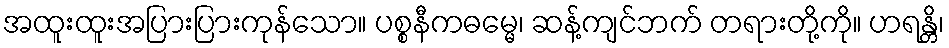
အထူးထူးအပြားပြားကုန်သော။ ပစ္စနီကဓမ္မေ၊ ဆန့်ကျင်ဘက် တရားတို့ကို။ ဟရန္တိ၊